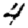
Digit: 4